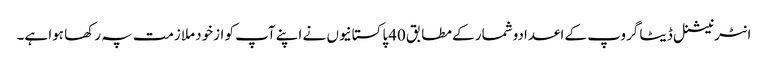
انٹرنیشنل ڈیٹا گروپ کے اعدادوشمار کے مطابق 40پاکستانیوں نے اپنے آپ کو ازخود ملازمت پہ رکھا ہوا ہے۔